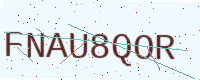
Text: FNAU8QOR